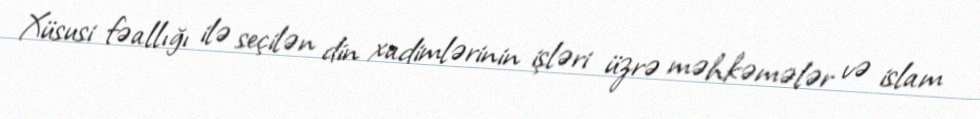
Xüsusi fəallığı ilə seçilən din xadimlərinin işləri üzrə məhkəmələr və islam